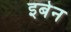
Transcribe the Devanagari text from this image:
इबेन